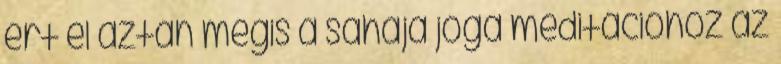
ért el aztán mégis a sahaja jóga meditációhoz az